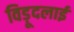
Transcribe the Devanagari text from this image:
विड़ूदलाई